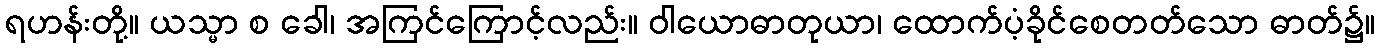
ရဟန်းတို့။ ယသ္မာ စ ခေါ၊ အကြင်ကြောင့်လည်း။ ဝါယောဓာတုယာ၊ ထောက်ပံ့ခိုင်စေတတ်သော ဓာတ်၌။